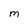
Character: M